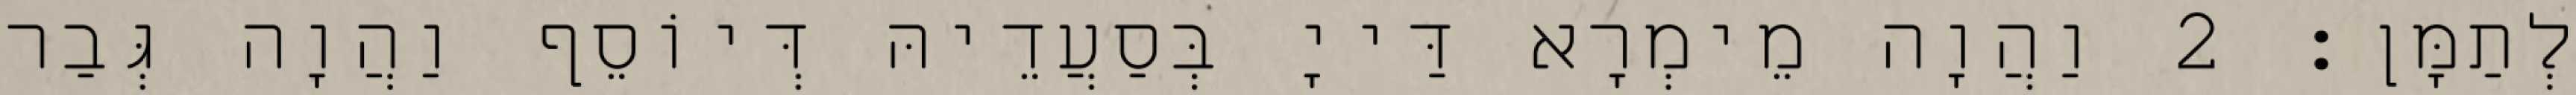
לְתַמָּן׃ 2 וַהֲוָה מֵימְרָא דַּייָ בְּסַעֲדֵיהּ דְּיוֹסֵף וַהֲוָה גְּבַר